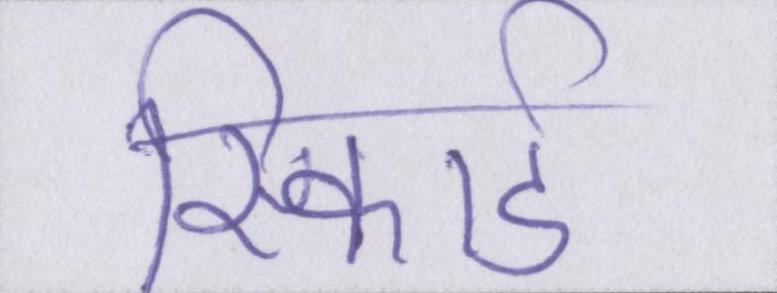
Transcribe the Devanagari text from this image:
रिकार्ड